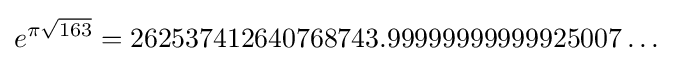
e^{\pi {\sqrt {163}}}=262537412640768743.99999999999925007\dots